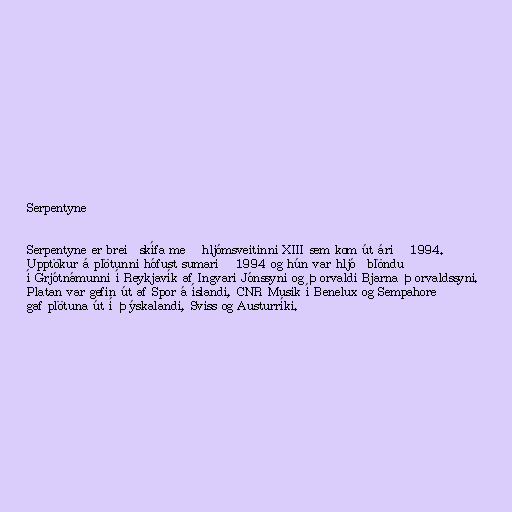
Serpentyne

Serpentyne er breiðskífa með hljómsveitinni XIII sem kom út árið 1994.
Upptökur á plötunni hófust sumarið 1994 og hún var hljóðblönduð
í Grjótnámunni í Reykjavík af Ingvari Jónssyni og Þorvaldi Bjarna Þorvaldssyni.
Platan var gefin út af Spor á íslandi, CNR Musik í Benelux og Sempahore
gaf plötuna út í Þýskalandi, Sviss og Austurríki.